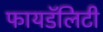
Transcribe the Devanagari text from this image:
फायडॅलिटी